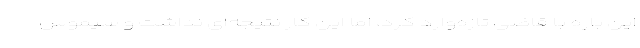
این باره با قاضی تازه‌وارد کرد، اما این کار نتیجه‌ای نداشت و سیموس